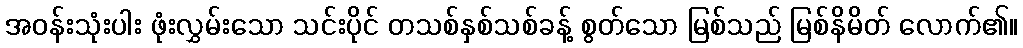
အဝန်းသုံးပါး ဖုံးလွှမ်းသော သင်းပိုင် တသစ်နှစ်သစ်ခန့် စွတ်သော မြစ်သည် မြစ်နိမိတ် လောက်၏။